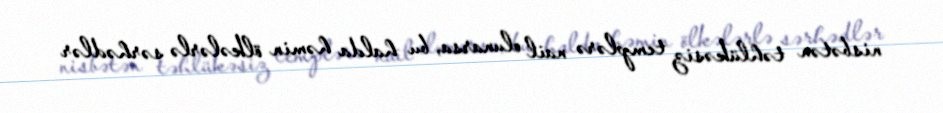
nisbətən təhlükəsiz templərə nail olunarsa, bu halda həmin ölkələrlə sərhədlər